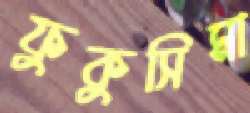
ফুকুসিমা